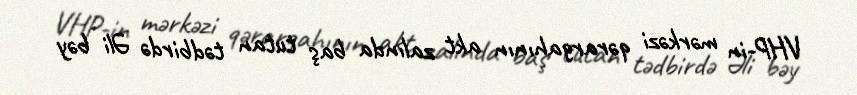
VHP-in mərkəzi qərargahının akt zalında baş tutan tədbirdə Əli bəy